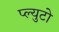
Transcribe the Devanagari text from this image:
प्ल्युटो